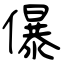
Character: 儤